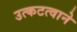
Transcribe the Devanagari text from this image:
उत्कटत्वाने